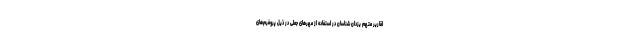
اقاریر متهم یزدان شناسان در استفاده از مهرهای جعلی در ذیل پروفرم‌های